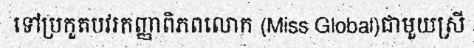
ទៅប្រកួតបវរកញ្ញាពិភពលោក (Miss Global)ជាមួយស្រី